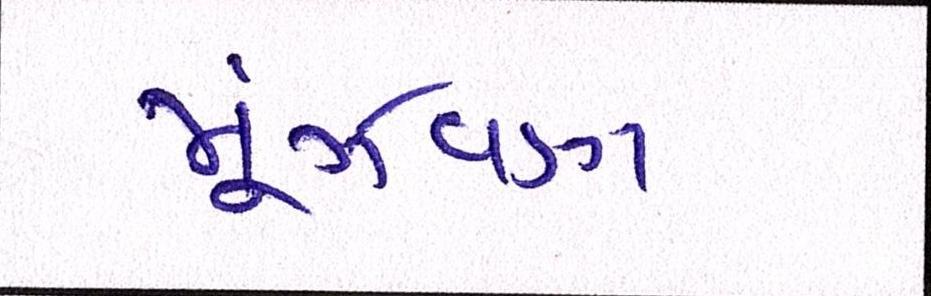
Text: મૂંઝવણ